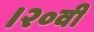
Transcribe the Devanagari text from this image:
।२०वीं